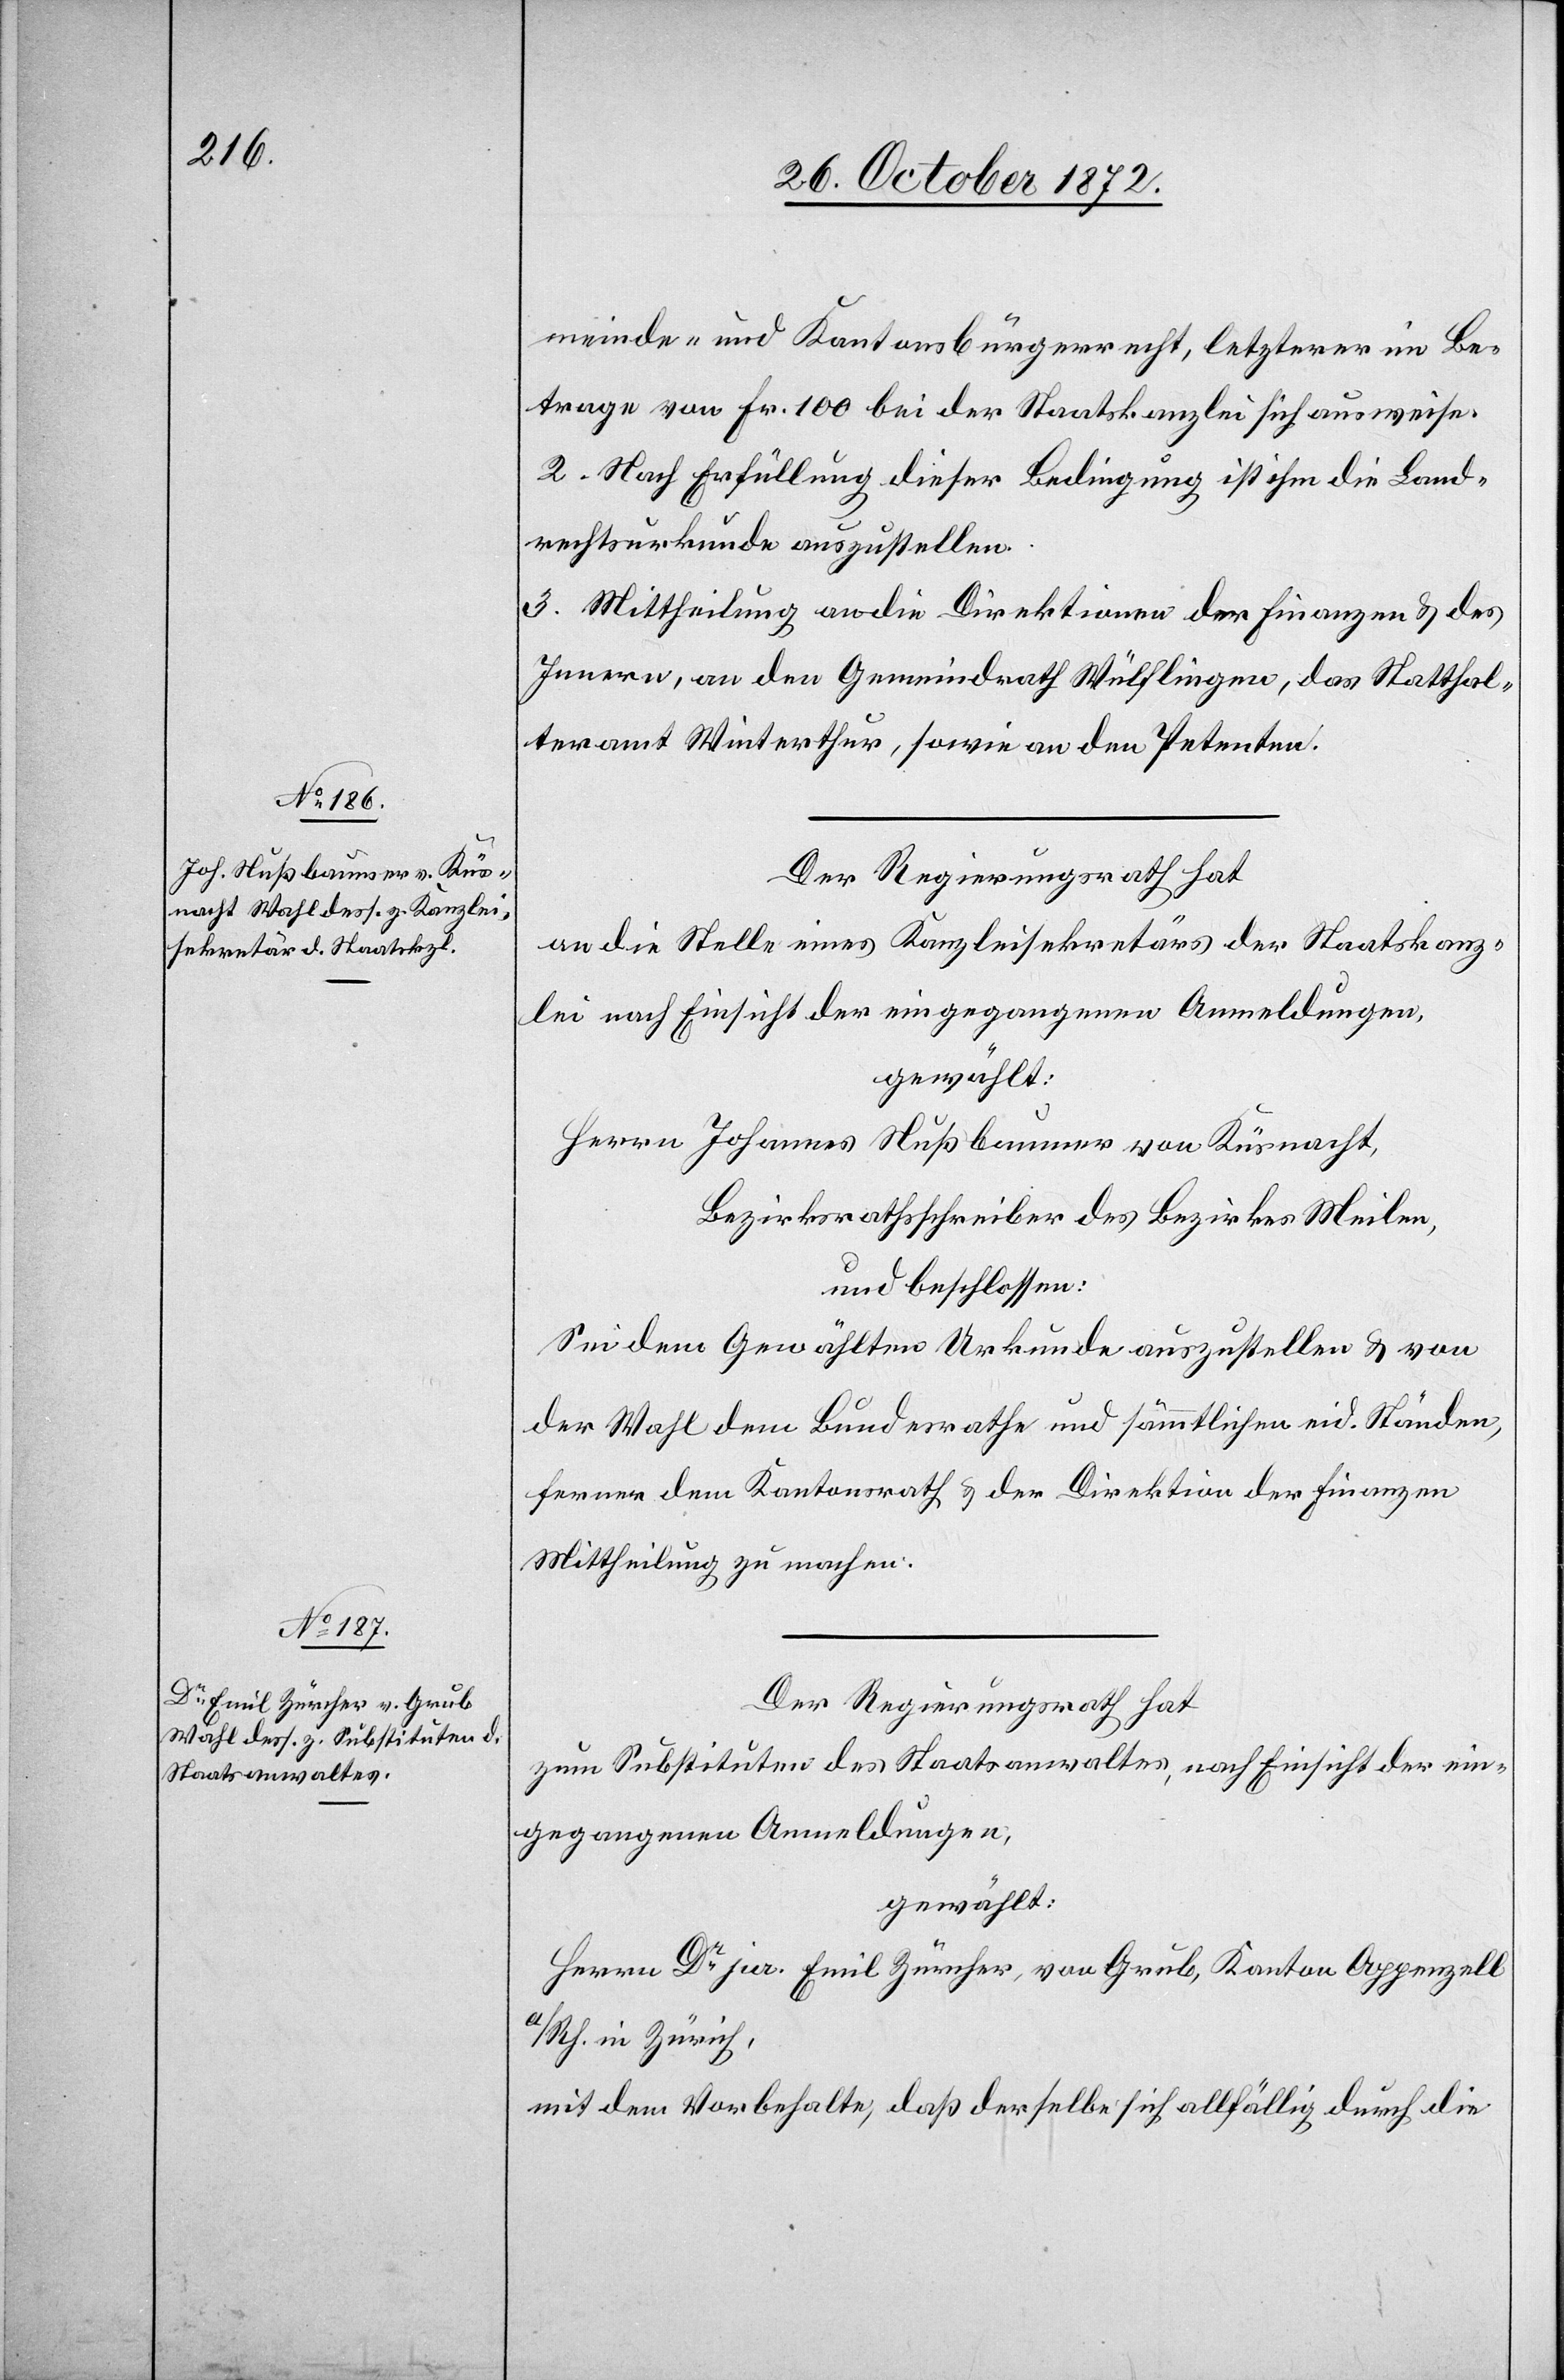
meinde- und Kantonsbürgerrecht, letzterer im Be¬
trage von Fr. 100 bei der Staatskanzlei sich ausweise.
2. Nach Erfüllung dieser Bedingung ist ihm die Land¬
rechtsurkunde auszustellen.
3. Mittheilung an die Direktion der Finanzen u. des
Innern, an den Gemeindrath Wülflingen, das Statthal¬
teramt Winterthur, sowie an den Petenten.
Der Regierungsrath hat
an die Stelle eines Kanzleisekretärs der Staatskanz¬
lei nach Einsicht der eingegangenen Anmeldungen,
gewählt:
Herrn Johannes Nußbaumer von Küsnacht,
Bezirksrathsschreiber des Bezirkes Meilen,
und beschlossen:
Sei dem Gewählten Urkunde auszustellen u. von
der Wahl dem Bundesrathe und sämmtlichen eid. Ständen,
ferner dem Kantonsrath u. der Direktion der Finanzen
Mittheilung zu machen.
Der Regierungsrath hat
zum Substituten des Staatsanwaltes, nach Einsicht der ein¬
gegangenen Anmeldungen,
gewählt:
Herrn Dr jur. Emil Zürcher, von Grub, Kanton Appenzell
a/Rh. in Zürich,
mit dem Vorbehalte, daß derselbe sich allfällig durch die